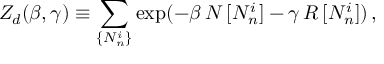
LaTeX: Z _ { d } ( \beta , \gamma ) \equiv \sum _ { \{ N _ { n } ^ { i } \} } \exp ( - \beta \, N \, [ N _ { n } ^ { i } ] - \gamma \, { \cal R } \, [ N _ { n } ^ { i } ] ) \, ,